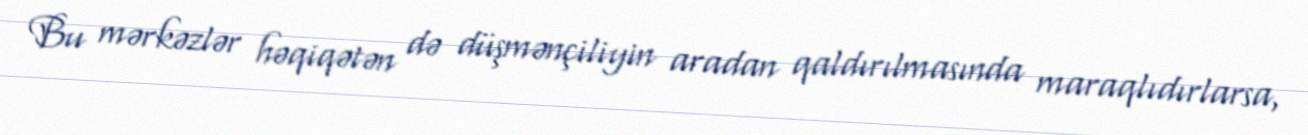
Bu mərkəzlər həqiqətən də düşmənçiliyin aradan qaldırılmasında maraqlıdırlarsa,